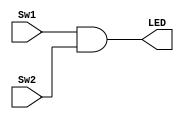
`timescale 1ns / 1ps
//////////////////////////////////////////////////////////////////////////////////
// Company: 
// Engineer: 
// 
// Design Name: 
// Module Name: myAND
// Project Name: 
// Target Devices: 
// Tool Versions: 
// Description: 
// 
// Dependencies: 
// 
// Revision:
// Revision 0.01 - File Created
// Additional Comments:
// 
//////////////////////////////////////////////////////////////////////////////////


module myAND(
    input Sw1,
    input Sw2,
    output LED
    );
    and u1 (LED, Sw1,Sw2);
endmodule